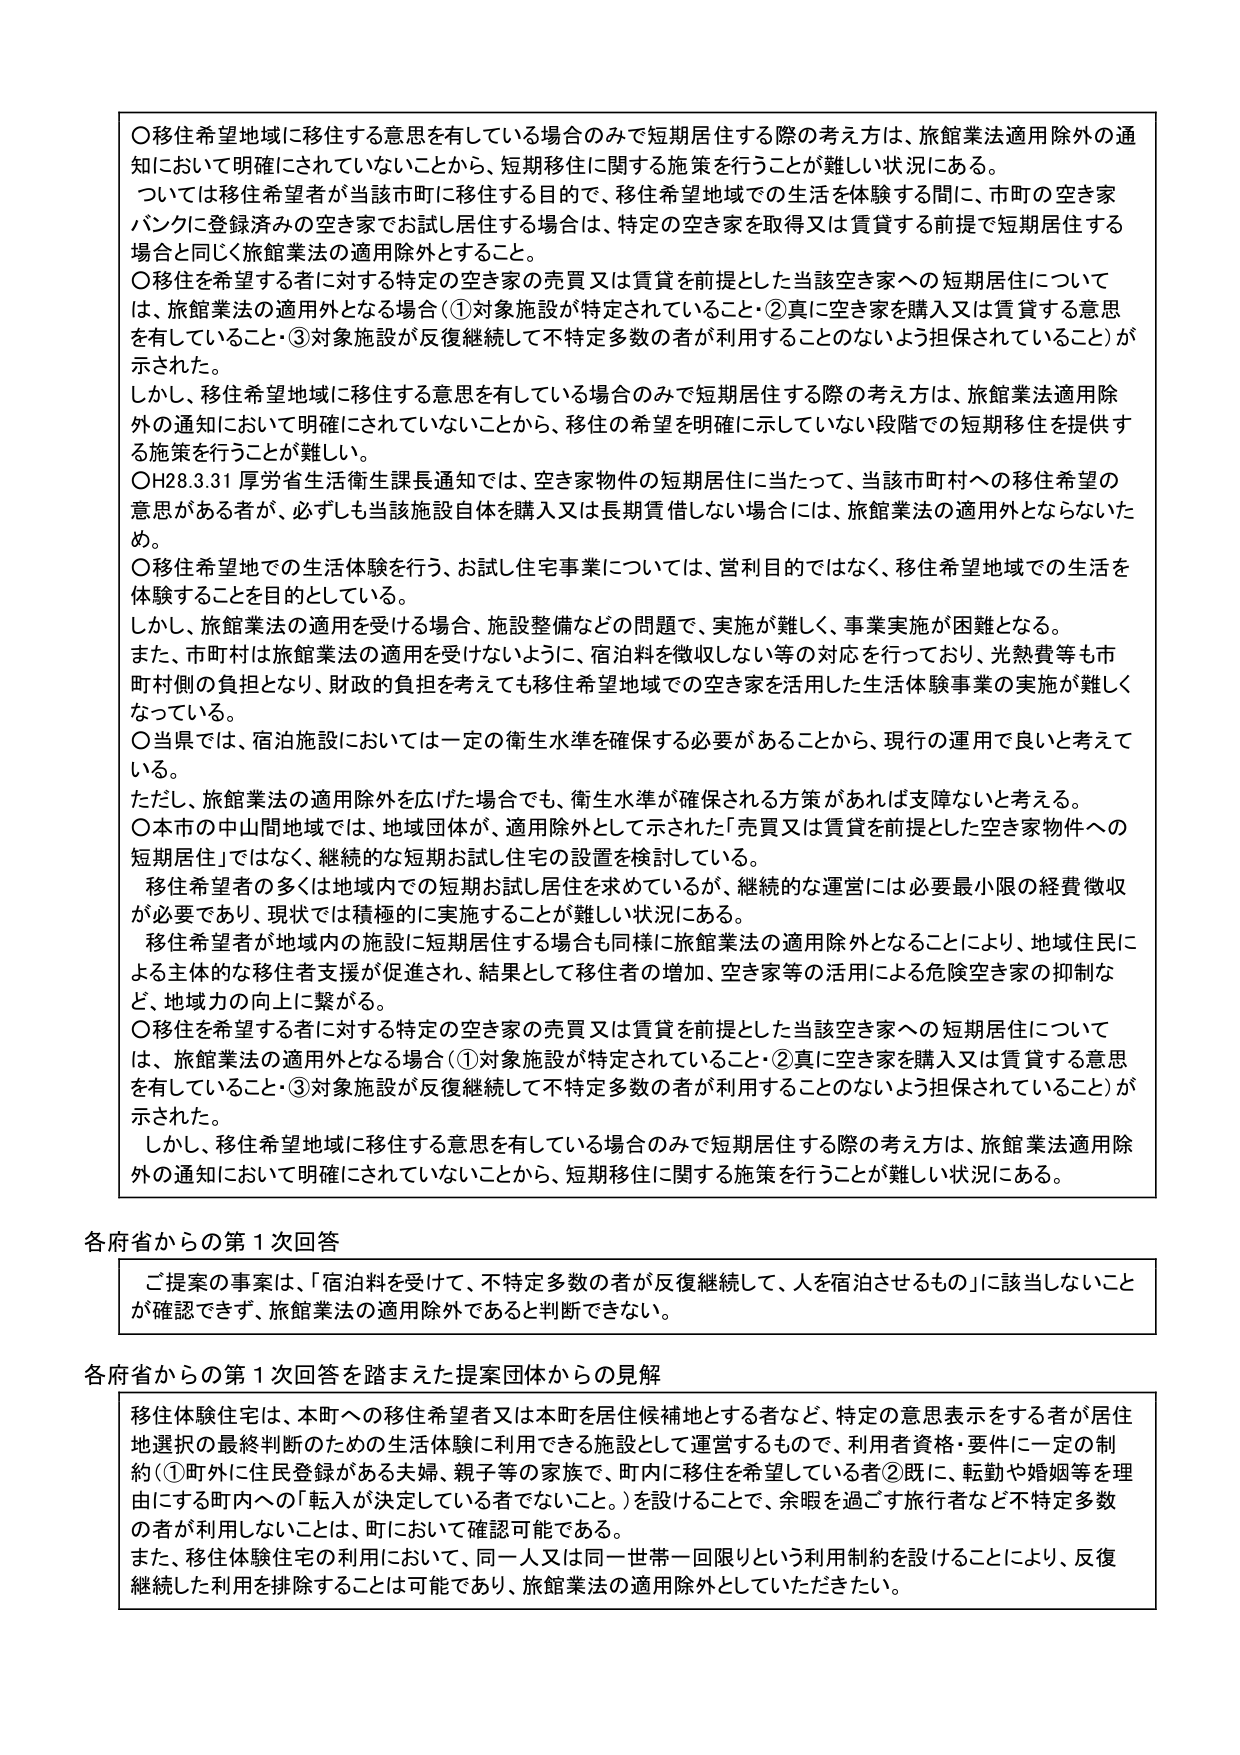
〇移住希望地域に移住する意思を有している場合のみで短期居住する際の考え方は、旅館業法適用除外の通知において明確にされていないことから、短期移住に関する施策を行うことが難しい状況にある。
ついては移住希望者が当該市町に移住する目的で、移住希望地域での生活を体験する間に、市町の空き家バンクに登録済みの空き家でお試し居住する場合は、特定の空き家を取得又は賃貸する前提で短期居住する場合と同じく旅館業法の適用除外とすること。
〇移住を希望する者に対する特定の空き家の売買又は賃貸を前提とした当該空き家への短期居住については、旅館業法の適用外となる場合（①対象施設が特定されていること・②真に空き家を購入又は賃貸する意思を有していること・③対象施設が反復継続して不特定多数の者が利用することのないよう担保されていること）が示された。
しかし、移住希望地域に移住する意思を有している場合のみで短期居住する際の考え方は、旅館業法適用除外の通知において明確にされていないことから、移住の希望を明確に示していない段階での短期移住を提供する施策を行うことが難しい。
〇H28.3.31 厚労省生活衛生課長通知では、空き家物件の短期居住に当たって、当該市町村への移住希望の意思がある者が、必ずしも当該施設自体を購入又は長期賃借しない場合には、旅館業法の適用外とならないため。
〇移住希望地での生活体験を行う、お試し住宅事業については、営利目的ではなく、移住希望地域での生活を体験することを目的としている。
しかし、旅館業法の適用を受ける場合、施設整備などの問題で、実施が難しく、事業実施が困難となる。
また、市町村は旅館業法の適用を受けないように、宿泊料を徴収しない等の対応を行っており、光熱費等も市町村側の負担となり、財政的負担を考えても数移住希望地域での空き家を活用した生活体験事業の実施が難しくなっている。
〇当県では、宿泊施設においては一定の衛生水準を確保する必要があることから、現行の運用で良いと考えている。
ただし、旅館業法の適用除外を広げた場合でも、衛生水準が確保される方策があれば支障ないと考える。
〇本市の中山間地域では、地域団体が、適用除外として示された「売買又は賃貸を前提とした空き家物件への短期居住」ではなく、継続的な短期お試し住宅の設置を検討している。
移住希望者の多くは地域内での短期お試し居住を求めているが、継続的な運営には必要最小限の経費徴収が必要であり、現状では積極的に実施することが難しい状況にある。
移住希望者が地域内の施設に短期居住する場合も同様に旅館業法の適用除外となることにより、地域住民による主体的な移住者支援が促進され、結果として移住者の増加、空き家等の活用による危険空き家の抑制など、地域力の向上に繋がる。
〇移住を希望する者に対する特定の空き家の売買又は賃貸を前提とした当該空き家への短期居住については、旅館業法の適用外となる場合（①対象施設が特定されていること・②真に空き家を購入又は賃貸する意思を有していること・③対象施設が反復継続して不特定多数の者が利用することのないよう担保されていること）が示された。
しかし、移住希望地域に移住する意思を有している場合のみで短期居住する際の考え方は、旅館業法適用除外の通知において明確にされていないことから、短期移住に関する施策を行うことが難しい状況にある。

各府省からの第1次回答
ご提案の事案は、「宿泊料を受けて、不特定多数の者が反復継続して、人を宿泊させるもの」に該当しないことが確認できず、旅館業法の適用除外であると判断できない。

各府省からの第1次回答を踏まえた提案団体からの見解
移住体験住宅は、本町への移住希望者又は本町を居住候補地とする者など、特定の意思表示をする者が居住地選択の最終判断のための生活体験に利用できる施設として運営するもので、利用者資格・要件に一定の制約（①町外に住民登録がある夫婦、親子等の家族で、町内に移住を希望している者②既に、転勤や婚姻等を理由にする町内への「転入が決定している者でないこと。」）を設けることで、余暇を過ごす旅行者など不特定多数の者が利用しないことは、町において確認可能である。
また、移住体験住宅の利用において、同一人又は同一世帯一回限りという利用制約を設けることにより、反復継続した利用を排除することは可能であり、旅館業法の適用除外としていただきたい。